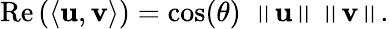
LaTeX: \operatorname{Re}\left(\langle\mathbf{u},\mathbf{v}\rangle\right)=\cos(\theta)\ \left\| \mathbf{u}\right\| \left\| \mathbf{v}\right\| .